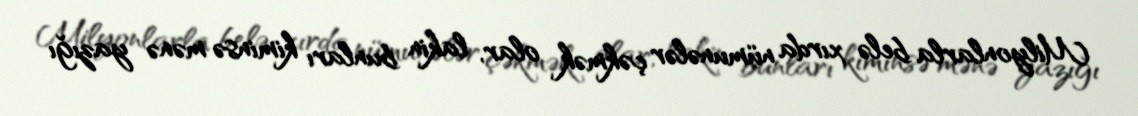
Milyonlarla belə xırda nümunələr çəkmək olar, lakin bunları kiminsə mənə yazığı